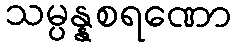
သမ္ပန္နစရဏော